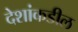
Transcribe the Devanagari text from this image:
देशांकडील